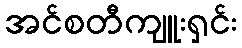
အင်စတီကျူးရှင်း